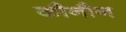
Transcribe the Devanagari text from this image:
कौनौन